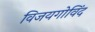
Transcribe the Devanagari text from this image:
विजयगोविंद